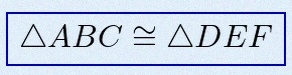
\triangle ABC\cong\triangle DEF